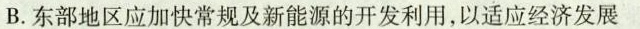
B.东部地区应加快常规及新能源的开发利用，以适应经济发展